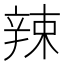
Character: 辣